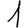
Digit: 1